Civil Veterinary Dept. Bombay admin report 1923-31 - 1923-1931
Year: 1923
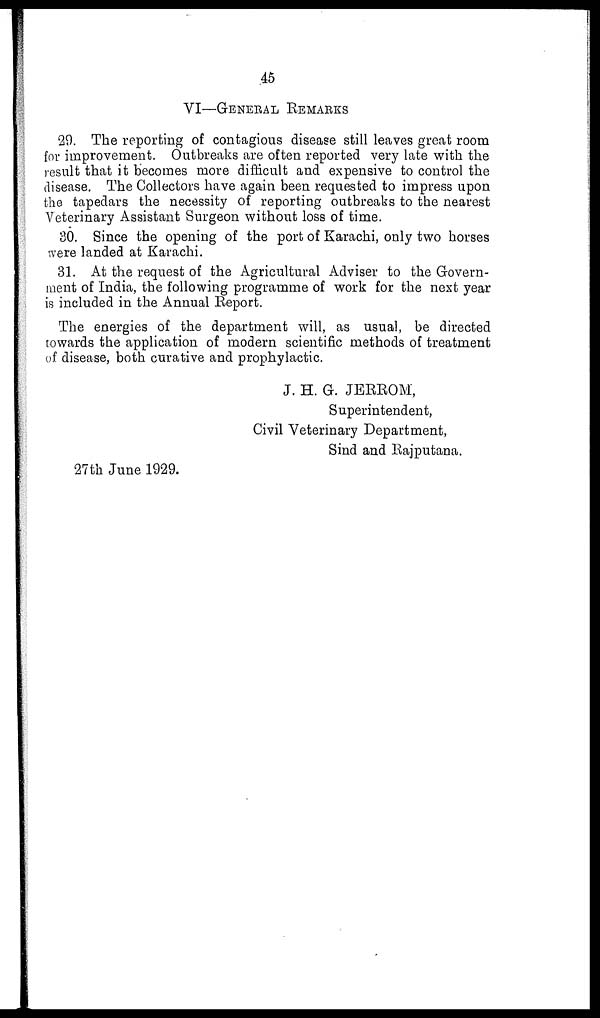
45
VI—GENERAL REMARKS
29. The reporting of contagious disease still leaves great room
for improvement. Outbreaks are often reported very late with the
result that it becomes more difficult and expensive to control the
disease. The Collectors have again been requested to impress upon
the tapedars the necessity of reporting outbreaks to the nearest
Veterinary Assistant Surgeon without loss of time.
30. Since the opening of the port of Karachi, only two horses
were landed at Karachi.
31. At the request of the Agricultural Adviser to the Govern-
ment of India, the following programme of work for the next year
is included in the Annual Report.
The energies of the department will, as usual, be directed
towards the application of modern scientific methods of treatment
of disease, both curative and prophylactic.
J. H. G. JERROM,
Superintendent,
Civil Veterinary Department,
Sind and Rajputana.
27th June 1929.